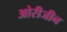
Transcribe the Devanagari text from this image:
ओरीजीन